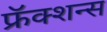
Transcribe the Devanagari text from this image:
फ्रॅक्शन्स